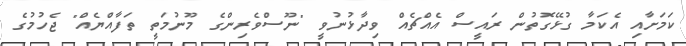
ކަމަށާއި އެކަމާ ގުޅޭގޮތުން ރައީސް އެއްޗެއް ވިދާޅުނުވީ "ނޫސްވެރިންގެ މޫނުމަތީ ތަފާއްޔެއް" ޖެހުމުގެ